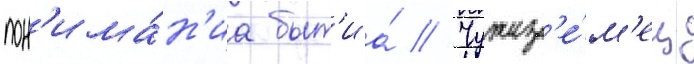
пон'има́н'иа быт'иа́ // Чужез'е́м'ец